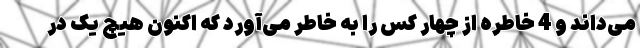
می‌داند و 4 خاطره از چهار کَس را به خاطر می‌آورد که اکنون هیچ یک در